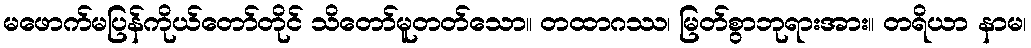
မဖောက်မပြန်ကိုယ်တော်တိုင် သိတော်မူတတ်သော။ တထာဂဿ၊ မြတ်စွာဘုရားအား။ တရိယာ နာမ၊